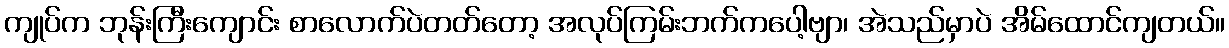
ကျုပ်က ဘုန်းကြီးကျောင်း စာလောက်ပဲတတ်တော့ အလုပ်ကြမ်းဘက်ကပေါ့ဗျာ၊ အဲသည်မှာပဲ အိမ်ထောင်ကျတယ်။